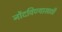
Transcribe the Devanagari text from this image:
नोंदविण्यासाठी